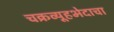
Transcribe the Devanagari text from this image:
चक्रव्यूहभेदाचा